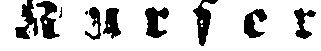
K u r s e r.